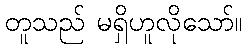
တူသည် မရှိဟူလိုသော်။